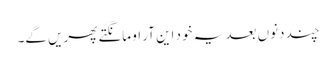
چند دنوں بعد یہ خود این آر او مانگتے پھریں گے۔